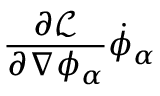
{ \frac { \partial { \mathcal { L } } } { \partial \nabla \phi _ { \alpha } } } { \dot { \phi } } _ { \alpha }